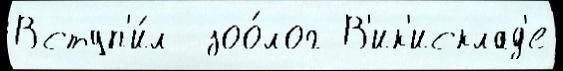
Вступ'и́л  зоо́лог В'ик'исклад'е